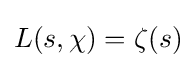
L(s,\chi )=\zeta (s)